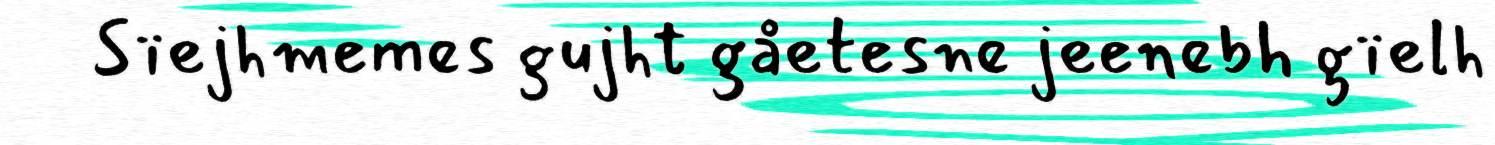
Sïejhmemes gujht gåetesne jeenebh gïelh